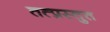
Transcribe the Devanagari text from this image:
तत्प्रस्तुत